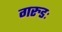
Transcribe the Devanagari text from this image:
गरुडः